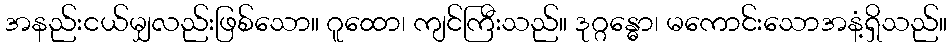
အနည်းငယ်မျှလည်းဖြစ်သော။ ဂူထော၊ ကျင်ကြီးသည်။ ဒုဂ္ဂန္ဓော၊ မကောင်းသောအနံ့ရှိသည်။